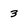
Character: 3